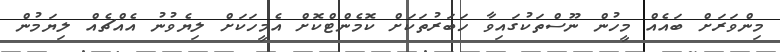
މިންވަރަށް ބައެއް މީހުން ނޫސްތަކުގައިވާ ހަބަރުތަކަށް ކޮމެންޓްކޮށް އެމީހަކަށް ލިޔެވުނު އެއްޗެއް ލިޔަމުން